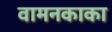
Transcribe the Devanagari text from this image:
वामनकाका